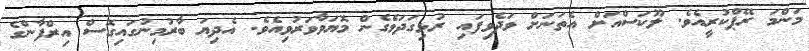
މަންމަ ރޭޕްކުރީއެވެ. ލޫކަސްއަށް އެތަނަށް ވަދެވިފައި ރުޅިގަދަވެގެން މޮޔަވާވަރުވިއެވެ. އެދިޔަ ބާރުމިނުގައިގޮސް އިރްފާންގެ